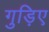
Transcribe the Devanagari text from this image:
गुड़िए